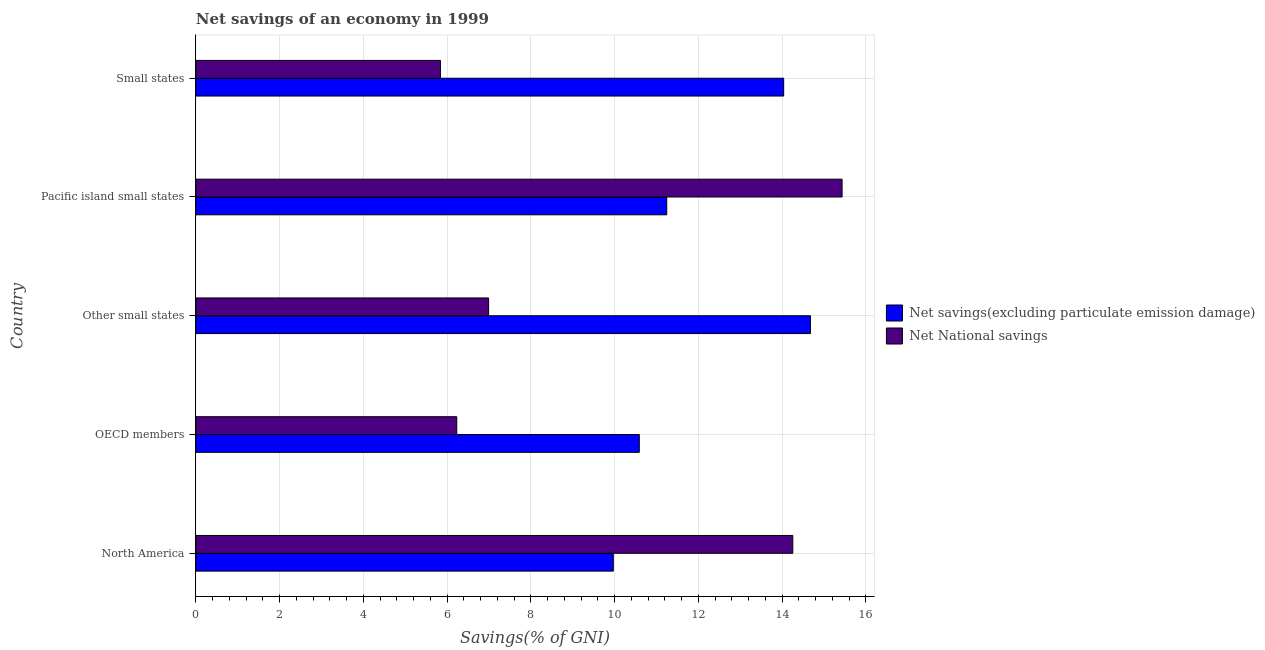
| Country | Net savings(excluding particulate emission damage) | Net National savings |
 | --- | --- | --- |
 | North America | 9.97 | 14.3 |
 | OECD members | 10.6 | 6.23 |
 | Other small states | 14.7 | 6.99 |
 | Pacific island small states | 11.2 | 15.4 |
 | Small states | 14 | 5.84 |